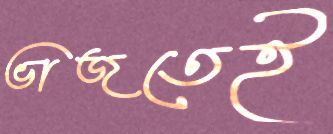
ভাজতেই